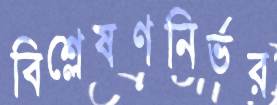
বিশ্লেষণনির্ভর